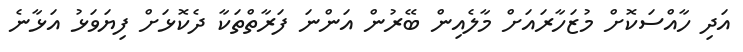
އަދި ހާއްސަކޮށް މުޒަހާރައަށް މާލެއިން ބޭރުން އަންނަ ފަރާތްތަކާ ދެކޮޅަށް ފިޔަވަޅު އަޅާނެ